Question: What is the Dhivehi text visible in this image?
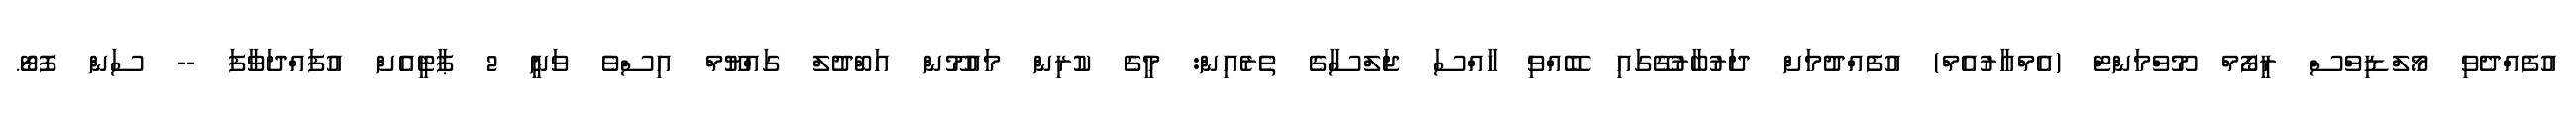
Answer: އުފެއްދެވި މޯލްޑިވްސް ރީފޯމް މޫވްމަންޓް (އެމްއާރުއެމް) އުފެއްދުމަށް ދަރުބާރުގޭގައި ބޭއްވި ހާއްސަ ޖަލްސާގެ ތެރެއިން: މީގެ ކުރިން މައުމޫން އަބްދުލް ގައްޔޫމް އިސްވެ ވަނީ 2 ޕާޓީއެށް އުފައްދަވާފަ -- ސަން ފޮޓޯ.